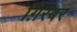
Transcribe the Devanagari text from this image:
ग़िरबर